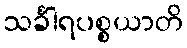
သင်္ခါရပစ္စယာတိ